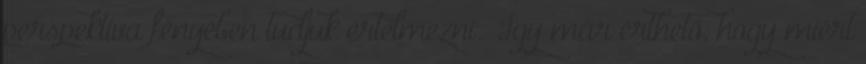
perspektíva fényében tudjuk értelmezni. „Így már érthető, hogy miért